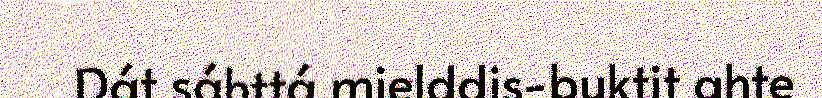
Dát sáhttá mielddis-buktit ahte